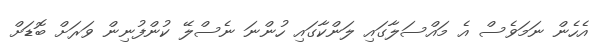
އެހެން ނަމަވެސް އެ މައްސަލާގައި ލަންކާގައި ހުންނަ ނެސްލޭ ކުންފުނިން ވަރަށް ބޮޑަށް